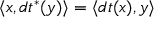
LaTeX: \langle x , d t ^ { * } ( y ) \rangle = \langle d t ( x ) , y \rangle